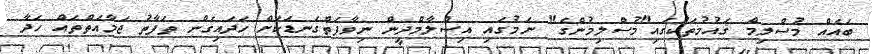
ބައެއް މުސްލިމް ޤައުމުތަކުގައި"މުސްލިމުންގެ" ނަމުގައި އިސްލާމްދީން ނިވާފަތްގަނޑަކަށް ހަދައިގެން ތަފާތު ޖަމާއަތްތައް ހަދާ